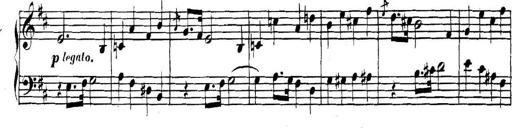
Title: Collected Piano Sonatas
Composer: Muzio Clementi